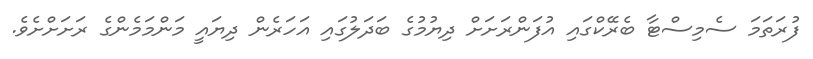
ފުރަތަމަ ސެމިސްޓާ ބެރޭކްގައި އުފަންރަށަށް ދިޔުމުގެ ބަދަލުގައި އަހަރެން ދިޔައީ މަންމަމެންގެ ރަށަށްށެވެ.